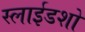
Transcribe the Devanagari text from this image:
स्लाईडशो